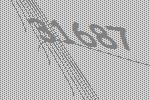
31687